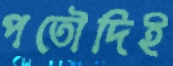
পতৌদিই